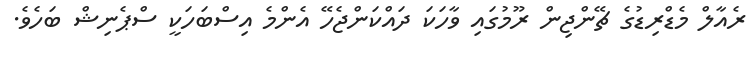
ރެއާލް މެޑްރިޑުގެ ޗޭންޖިން ރޫމުގައި ވާހަކަ ދައްކަންޖެހޭ އެންމެ އިސްބަހަކީ ސްޕެނިޝް ބަހެވެ.